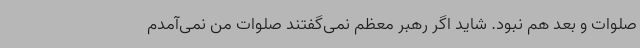
صلوات و بعد هم نبود. شاید اگر رهبر معظم نمی‌گفتند صلوات من نمی‌آمدم